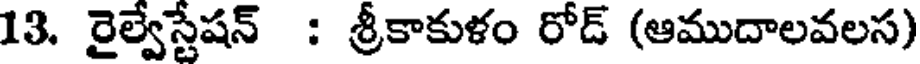
13. రైల్వేస్టేషన్ : శ్రీకాకుళం రోడ్ (ఆముదాలవలస)